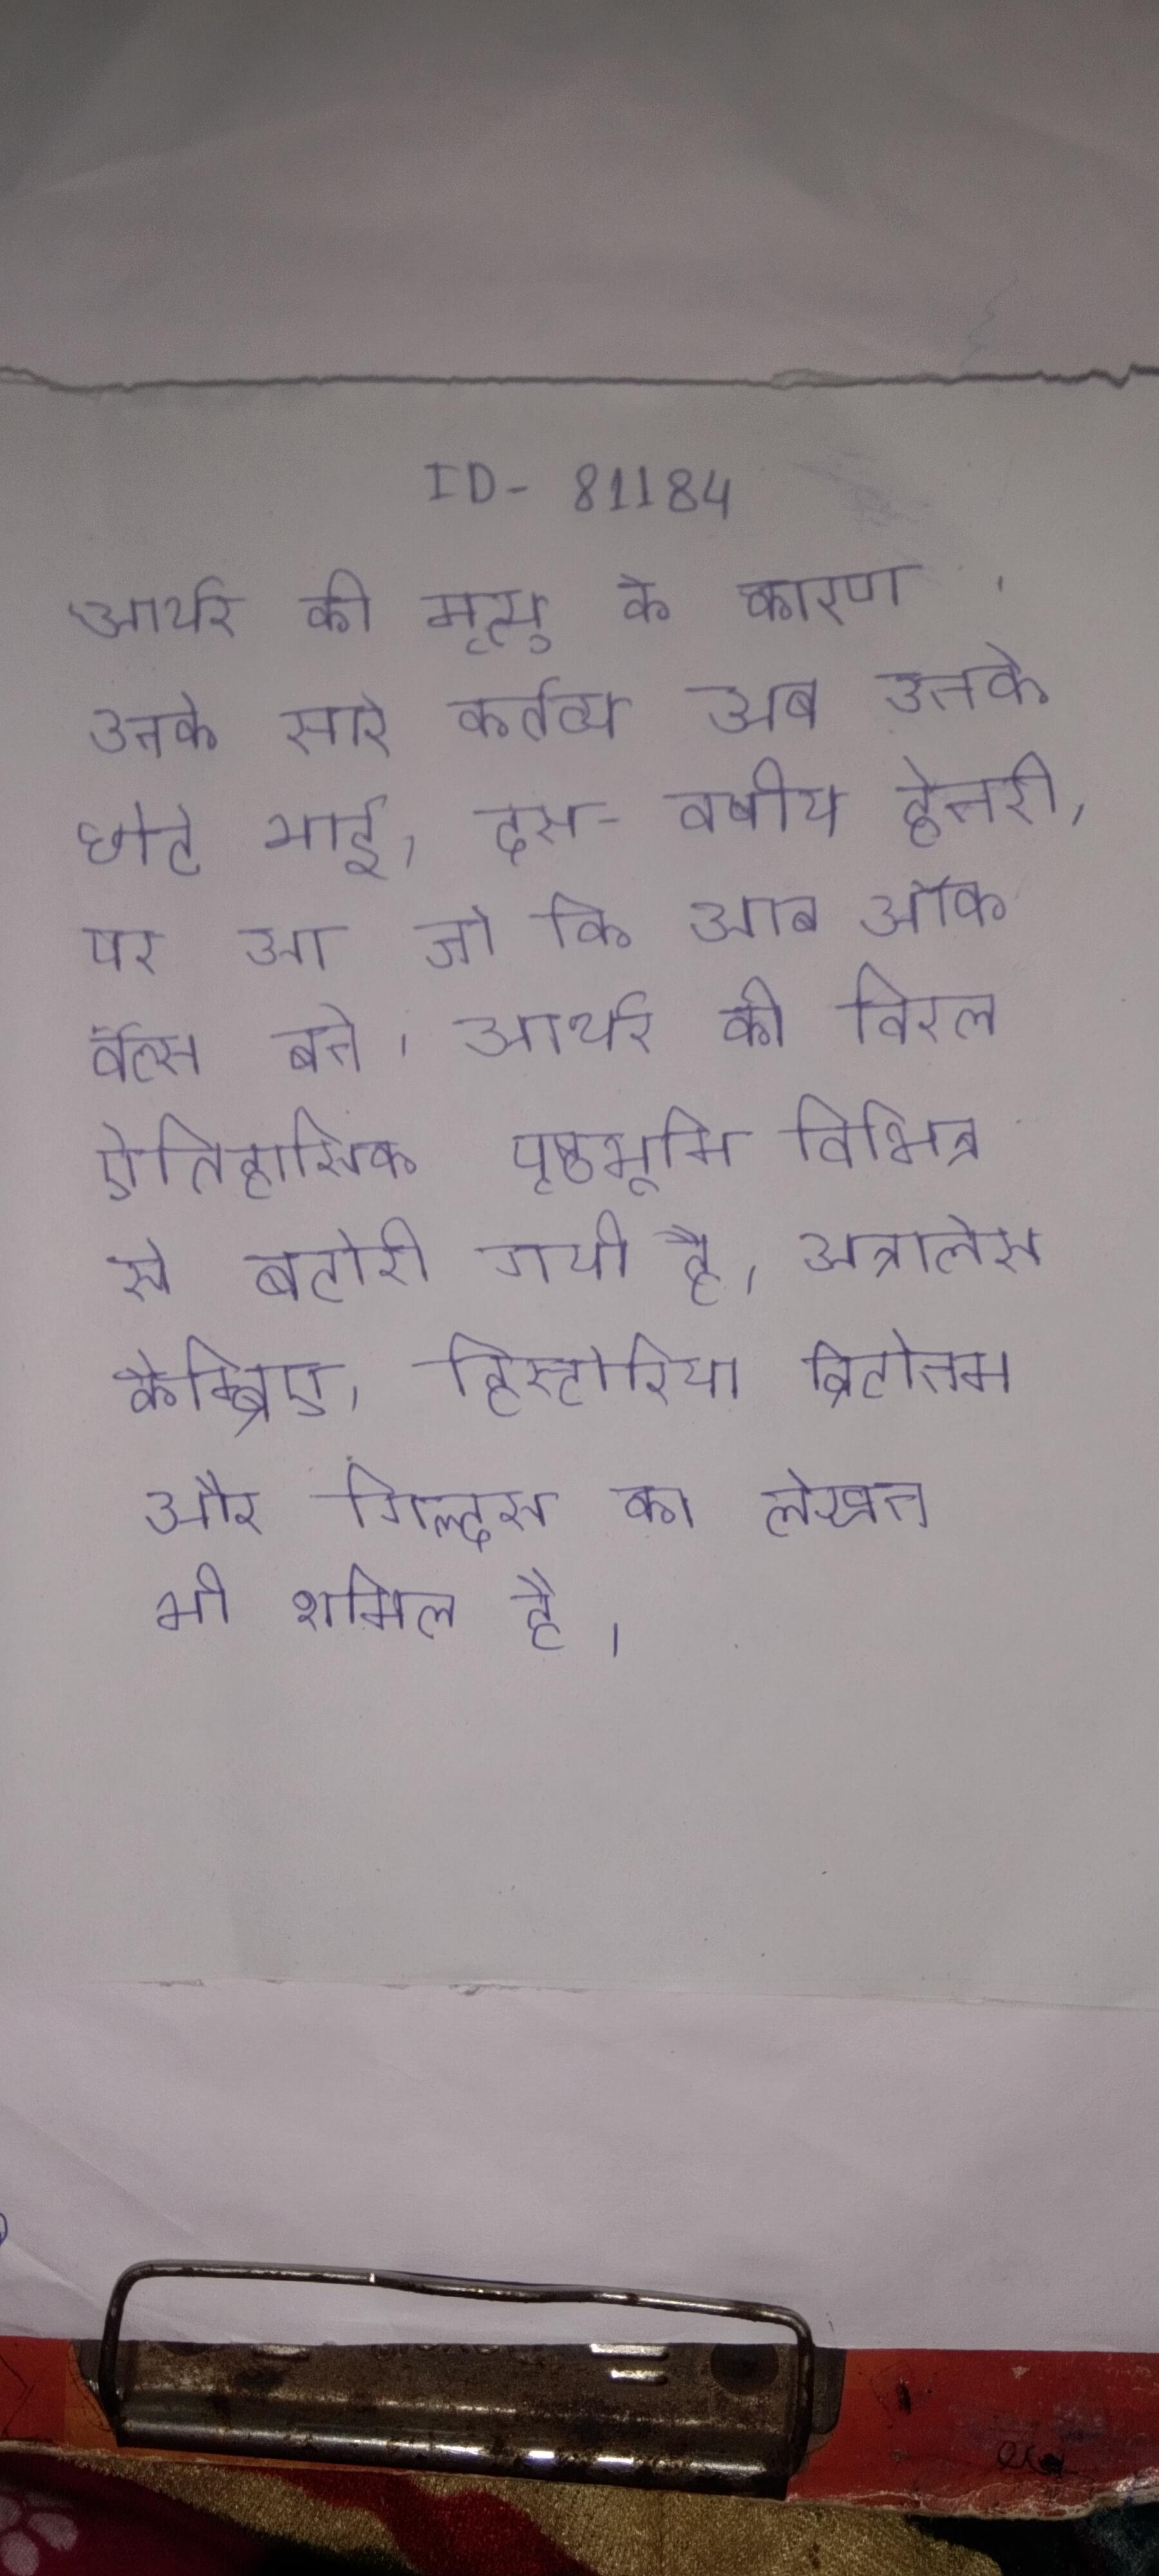
आर्थर की मृत्यु के कारण उनके सारे कर्तव्य अब उनके छोटे भाई, दस-वर्षीय हेनरी, पर आ जो कि अब ऑफ वेल्स बने । आर्थर की विरल ऐतिहासिक पृष्ठभूमि विभिन्न से बटोरी गयी है, अन्नालेस कैम्ब्रिए, हिस्टोरिया ब्रिटोनम और गिल्दस का लेखन भी शामिल है ।